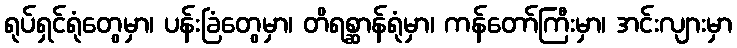
ရုပ်ရှင်ရုံတွေမှာ၊ ပန်းခြံတွေမှာ၊ တိရစ္ဆာန်ရုံမှာ၊ ကန်တော်ကြီးမှာ၊ အင်းလျားမှာ